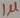
Text: 1µ